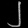
Digit: ၂